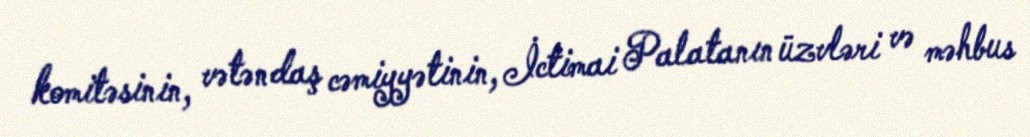
komitəsinin, vətəndaş cəmiyyətinin, İctimai Palatanın üzvləri və məhbus